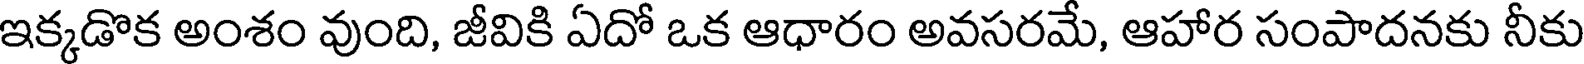
ఇక్కడొక అంశం వుంది, జీవికి ఏదో ఒక ఆధారం అవసరమే, ఆహార సంపాదనకు నీకు